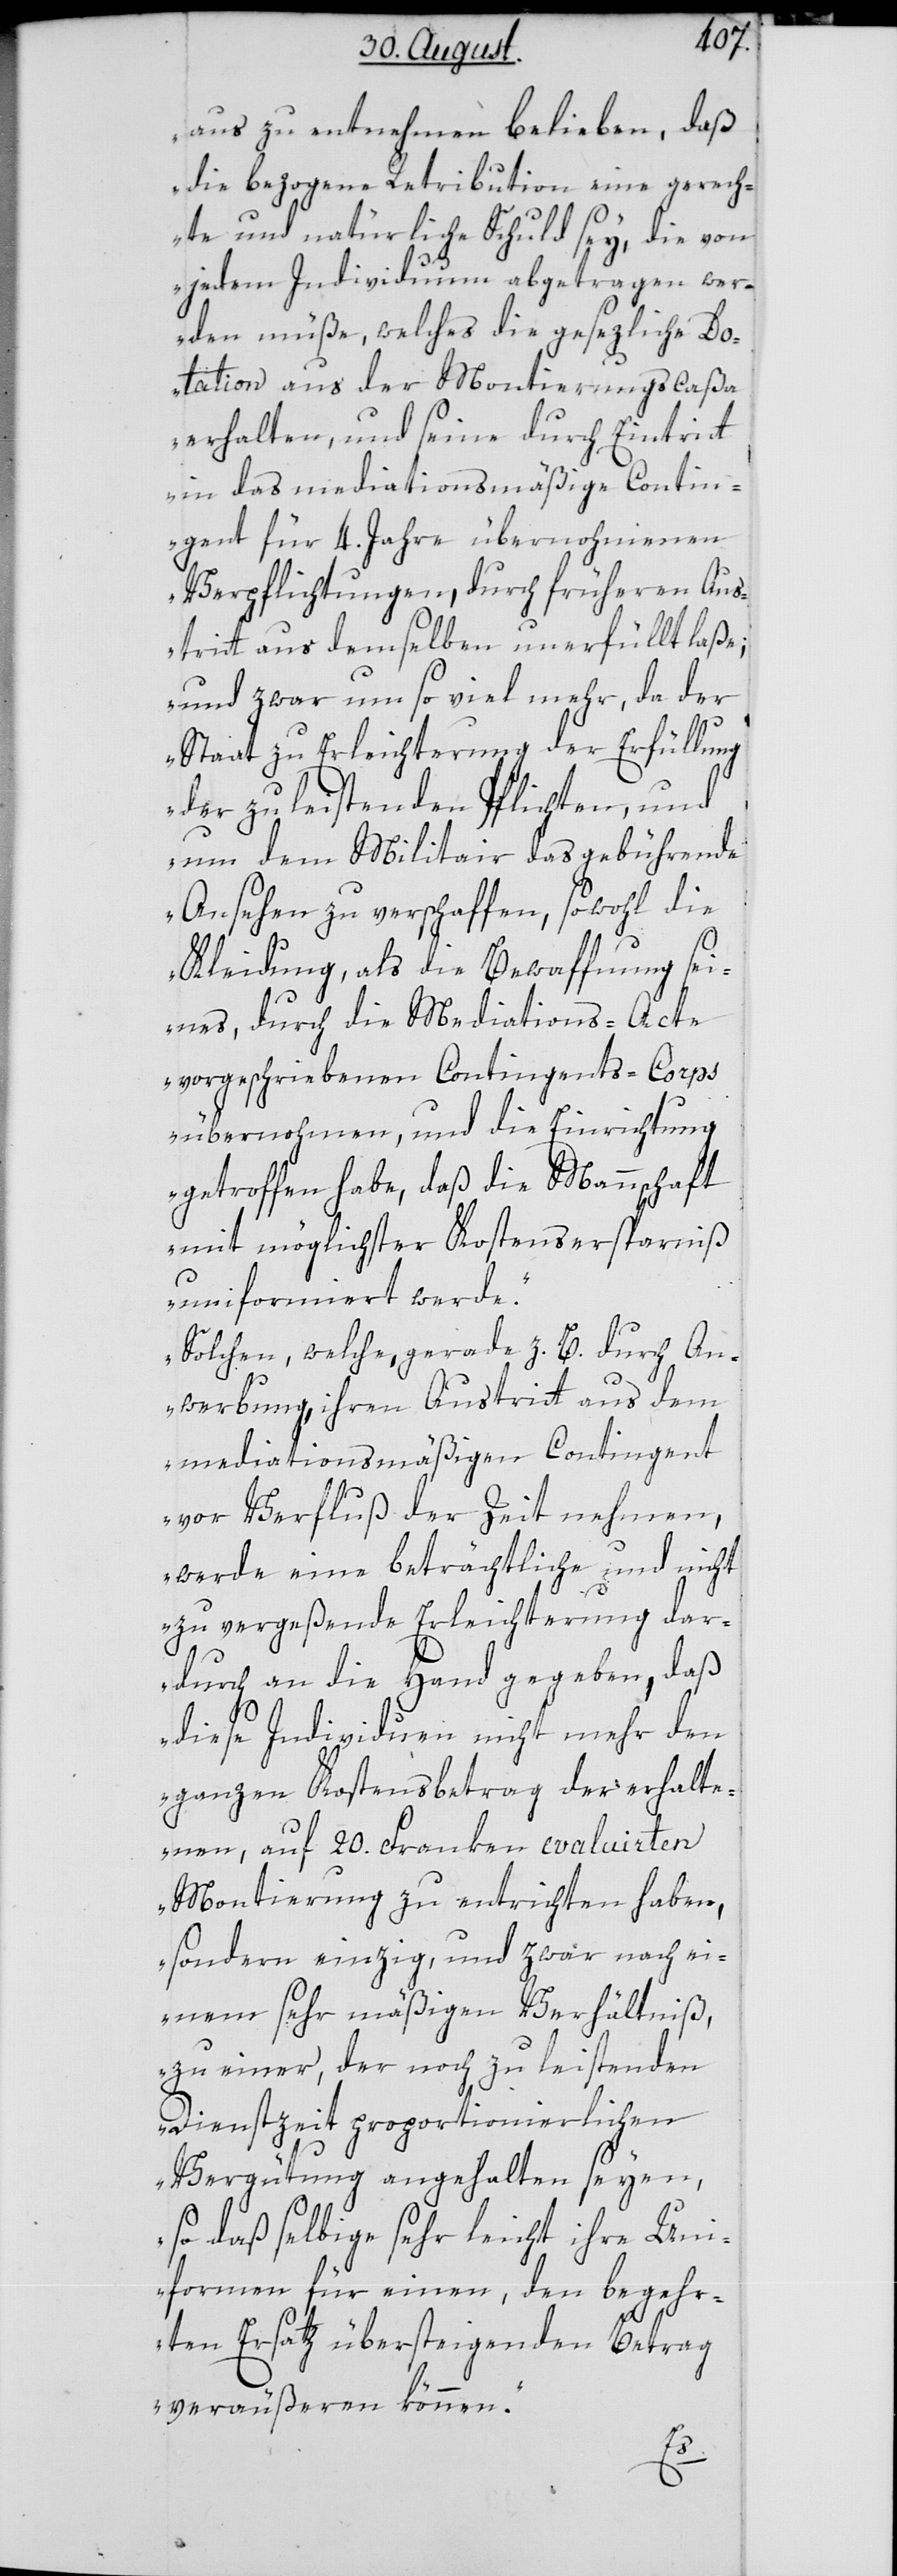
aus zu entnehmen belieben, daß
die bezogene Retribution eine gerech¬
te und natürliche Schuld sey, die von
jedem Individuum abgetragen wer¬
den müße, welches die gesezliche Do¬
tation aus der Montierungscaßa
erhalten, und seine durch Eintritt
in das mediationsmäßige Contin¬
gent für 4. Jahre übernohmenen
Verpflichtungen, durch fürheren Aus¬
tritt aus demselben unerfüllt laße,
und zwar um so viel mehr, da der
Staat zur Erleichterung der Erfüllung
der zu leistenden Pflichten, und
um den Miltair das gebührende
Ansehen zu verschaffen, sowohl die
Kleidung, als die Bewaffnung sei¬
nes, durch die Mediations-Acte
vorgeschriebenen Contingents-Corps
übernohmen, und die Einrichtung
getroffen habe, daß die Mannschaft
mit möglichster Kostensersprarniß
uniformiert werde.
Solchen, welche, gerade z. B. durch An¬
werbung, ihren Austritt aus dem
mediationsmäßigen Contingent
vor Verfluß der Zeit nehmen,
werde eine beträchtliche und nicht
zu vergeßende Erleichterung dar¬
durch an die Hand gegeben, daß
diese Individuen nicht mehr den
ganzen Kostensbetrag der erhalte¬
nen, auf 20. Franken evaluierten
Montierung zu entrichten haben,
sondern einzig, und zwar nach ei¬
nem sehr mäßigen Verhältniß,
zu einer, der noch zu leistenden
Dienstzeit proportionierlichen
Vergütung angehalten seyen,
so daß selbige sehr leicht ihre Uni¬
formen für einen, den begehr¬
ten Ersatz übersteigenden Betrag
veräußeren können.